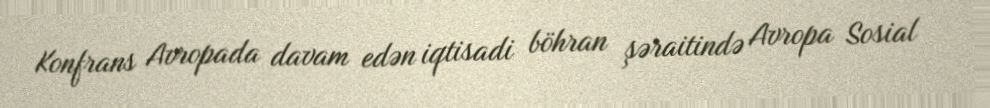
Konfrans Avropada davam edən iqtisadi böhran şəraitində Avropa Sosial